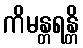
ကိမန္တရန္တိ